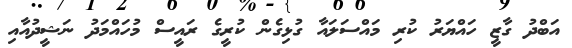
އަބްދު ގާޒީ ހައްޔަރު ކުރި މައްސަލައާ ގުޅިގެން ކުރީގެ ރައީސް މުހައްމަދު ނަޝީދުއާއި